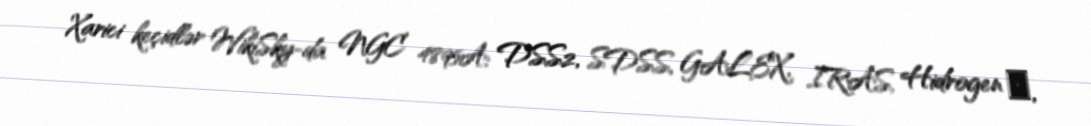
Xarici keçidlər WikiSky-da NGC 4895A: DSS2, SDSS, GALEX, IRAS, Hidrogen α,